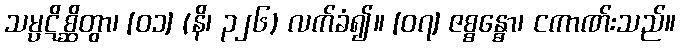
သမ္ပဋိစ္ဆိတွာ၊ [၀၁] (နိ၊ ၃၂၆) လက်ခံ၍။ [၀၇] ဇစ္စန္ဓော၊ ငကာဏ်းသည်။